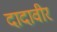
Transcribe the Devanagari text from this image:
दादावीर